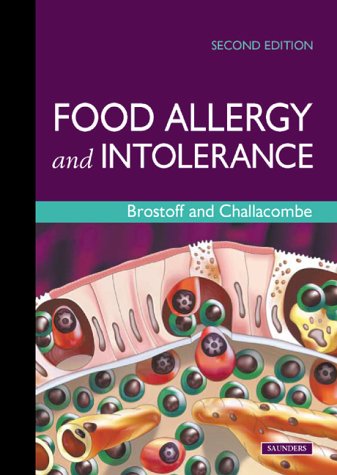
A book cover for Food Allergy and Intolerance, 2e; Jonathan Brostoff MA  DM  DSc(Med)  FRCP  FRCPath; Health, Fitness & Dieting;